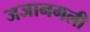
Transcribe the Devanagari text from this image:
जजानगली